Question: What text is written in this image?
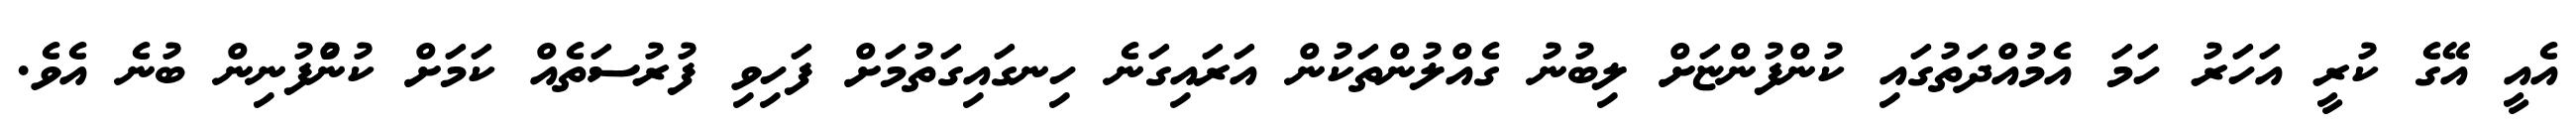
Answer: އެއީ އޭގެ ކުރީ އަހަރު ހަމަ އެމުއްދަތުގައި ކުންފުންޏަށް ލިބުނު ގެއްލުންތަކުން އަރައިގަނެ ހިނގައިގަތުމަށް ފަހިވި ފުރުސަތެއް ކަމަށް ކުންުފުނިން ބުނެ އެވެ.